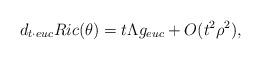
LaTeX: \begin{align*}&d_{t\cdot euc}Ric(\theta)=t\Lambda g_{euc}+O(t^{2}\rho^{2}),\end{align*}